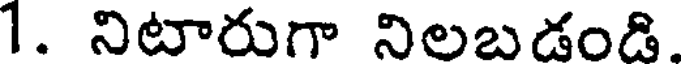
1. నిటారుగా నిలబడండి.